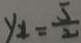
y _ { 4 } = \frac { 5 } { 2 }